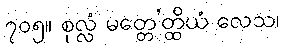
၇၀၅။ စုလ္လံ မတ္တေ’တ္ထိယံ လေသ၊